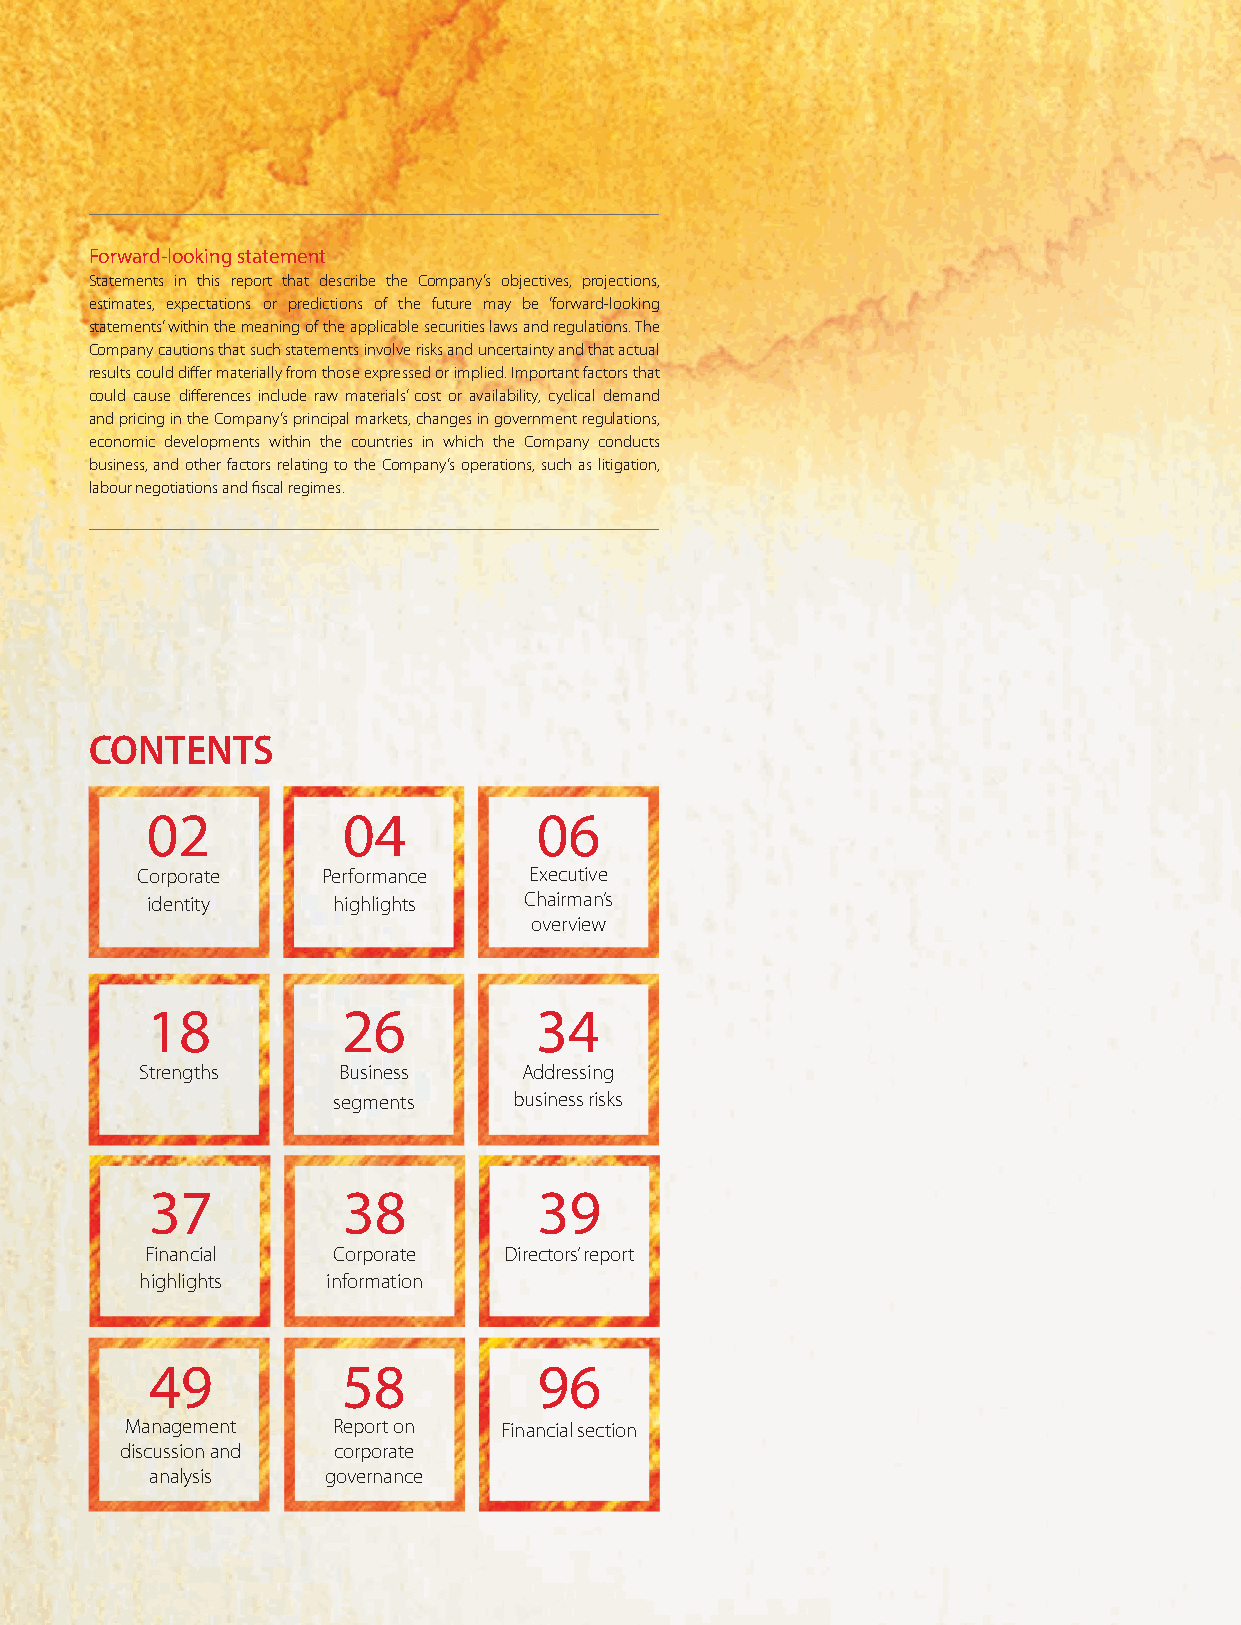
Forward-looking statement
 Statements in this report that describe the Company’s objectives, projections,
 estimates, expectations or predictions of the future may be ‘forward-looking
 statements’ within the meaning of the applicable securities laws and regulations. The
 Company cautions that such statements involve risks and uncertainty and that actual
 results could differ materially from those expressed or implied. Important factors that
 could cause differences include raw materials’ cost or availability, cyclical demand
 and pricing in the Company’s principal markets, changes in government regulations,
 economic developments within the countries in which the Company conducts
 business, and other factors relating to the Company’s operations, such as litigation,
 labour negotiations and fiscal regimes.
 CONTENTS
 02           04           06
 Corporate   Performance   Executive
 identity    highlights   Chairman’s
 overview
 18           26          34
 Strengths    Business     Addressing
 segments    business risks
 37           38           39
 Financial   Corporate  Directors’ report
 highlights   information
 49           58           96
 Management    Report on  Financial section
 discussion and corporate
 analysis   governance